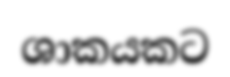
ශාකයකට